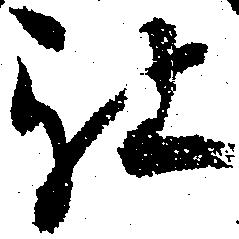
被